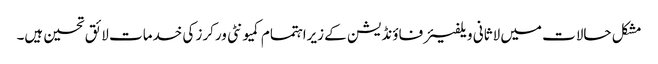
مشکل حالات میں لاثانی ویلفیئرفاؤنڈیشن کے زیراہتمام کمیونٹی ورکرز کی خدمات لائق تحسین ہیں۔